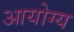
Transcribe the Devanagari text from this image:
आयोग्य